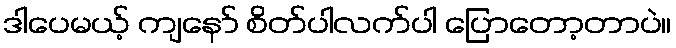
ဒါပေမယ့် ကျနော် စိတ်ပါလက်ပါ ပြောတော့တာပဲ။